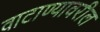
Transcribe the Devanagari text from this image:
वाटाण्यावरील